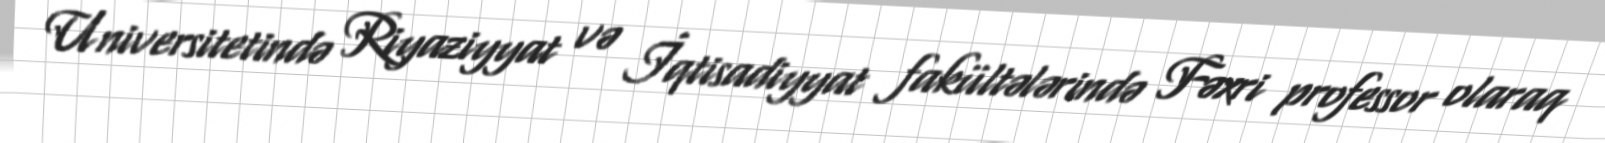
Universitetində Riyaziyyat və İqtisadiyyat fakültələrində Fəxri professor olaraq